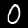
Label: 0